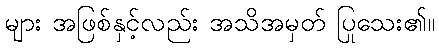
များ အဖြစ်နှင့်လည်း အသိအမှတ် ပြုသေး၏။